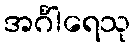
အင်္ဂါရေသု